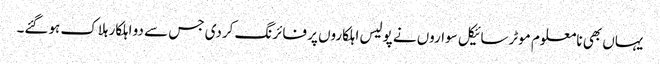
یہاں بھی نامعلوم موٹرسائیکل سواروں نے پولیس اہلکاروں پر فائرنگ کردی جس سے دو اہلکار ہلاک ہوگئے۔